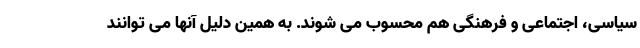
سیاسی، اجتماعی و فرهنگی هم محسوب می شوند. به همین دلیل آنها می توانند